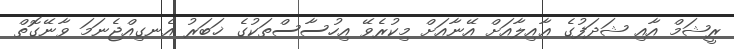
ރީޝަމް އާއި ޝަދަފުގެ ޢާއިލާއަށް އޭނާއަށް މިކުރެވޭ އިހުސާސްތަކުގެ ޚަބަރު އެނގިއްޖެނަމަ ވާނޭގޮތް